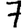
Digit: 7